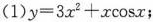
(1) y=3x^2+x\cos{x};